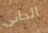
الجانى